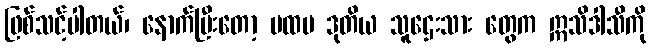
ဖြစ်သင့်ပါတယ်၊ နောက်ပြီးတော့ ပထမ ဒုတိယ သူဌေးသား တွေက ဣသိဒါသီကို